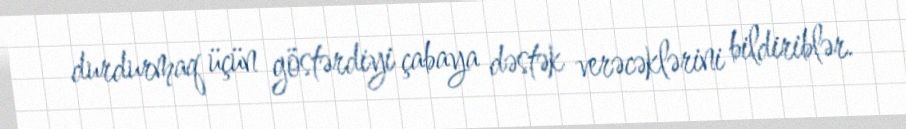
durdurmaq üçün göstərdiyi çabaya dəstək verəcəklərini bildiriblər.